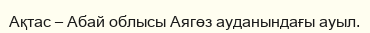
Ақтас – Абай облысы Аягөз ауданындағы ауыл.